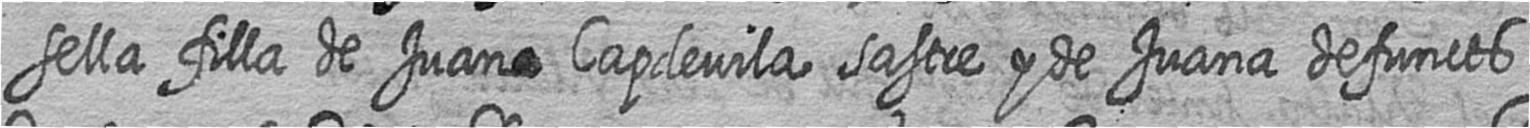
sella filla de Juan# Capdevila sastre y de Juana defuncts